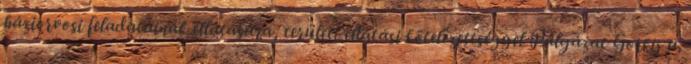
háziorvosi feladatainak ellátására, területi ellátási kötelezettséggel Pályázat Gorkij u.